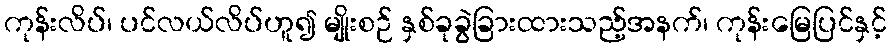
ကုန်းလိပ်၊ ပင်လယ်လိပ်ဟူ၍ မျိုးစဉ် နှစ်ခုခွဲခြားထားသည့်အနက်၊ ကုန်းမြေပြင်နှင့်